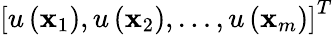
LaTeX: \left[u\left(\mathbf{x}_{1}\right),u\left(\mathbf{x}_{2}\right),\ldots,u\left(\mathbf{x}_{m}\right)\right]^{T}